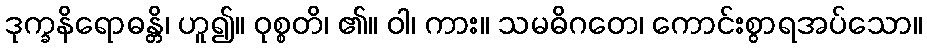
ဒုက္ခနိရောဓန္တိ၊ ဟူ၍။ ဝုစ္စတိ၊ ၏။ ဝါ၊ ကား။ သမဓိဂတေ၊ ကောင်းစွာရအပ်သော။